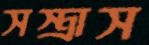
সস্ত্রাস